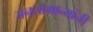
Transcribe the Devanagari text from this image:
जनसामान्यांनी